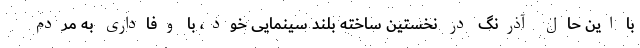
با این حال آذرنگ در نخستین ساخته بلند سینمایی خود، با وفاداری به مردم